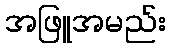
အဖြူအမည်း